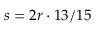
s = 2 r \cdot 1 3 / 1 5